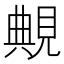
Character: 覥